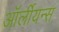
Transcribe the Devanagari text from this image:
ऑर्लीयन्स